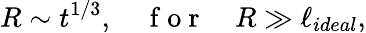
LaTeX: R\sim t^{1/3},\quad\mathrm{~f~o~r~}\quad R\gg\ell_{ideal},